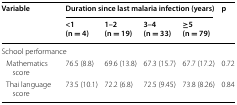
<table><thead><tr><td rowspan="2"><b>Variable</b></td><td colspan="4"><b>Duration since last malaria infection (years)</b></td><td rowspan="2"><b>p</b></td></tr><tr><td><b>&lt;1 (n = 4)</b></td><td><b>1–2 (n = 19)</b></td><td><b>3–4 (n = 33)</b></td><td><b>≥5 (n = 79)</b></td></tr></thead><tbody><tr><td colspan="6">School performance</td></tr><tr><td> Mathematics score</td><td>76.5 (8.8)</td><td>69.6 (13.8)</td><td>67.3 (15.7)</td><td>67.7 (17.2)</td><td>0.72</td></tr><tr><td> Thai language score</td><td>73.5 (10.1)</td><td>72.2 (6.8)</td><td>72.5 (9.45)</td><td>73.8 (8.26)</td><td>0.84</td></tr></tbody></table>